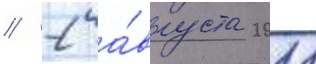
// 2 а́вгуста 2011